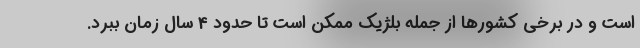
است و در برخی کشورها از جمله بلژیک ممکن است تا حدود 4 سال زمان ببرد.